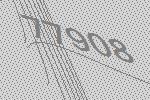
77908